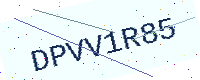
Text: DPVV1R85